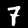
Digit: 7